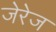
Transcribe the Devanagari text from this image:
जेरेज